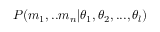
P ( m _ { 1 } , . . m _ { n } | \theta _ { 1 } , \theta _ { 2 } , . . . , \theta _ { l } )